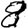
Digit: 8